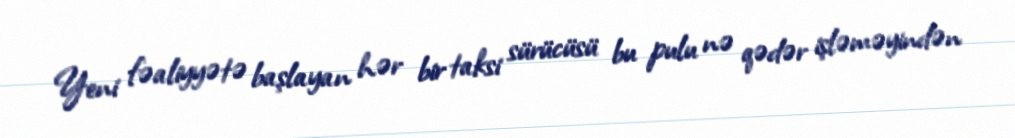
Yeni fəaliyyətə başlayan hər bir taksi sürücüsü bu pulu nə qədər işləməyindən